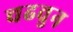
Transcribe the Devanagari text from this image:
चढवुन